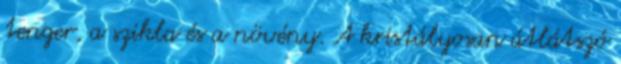
tenger, a szikla és a növény. A kristályosan átlátszó